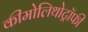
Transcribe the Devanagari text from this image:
कीमोलिथोट्रॉफी